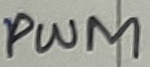
Text: PWM